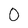
Character: 0